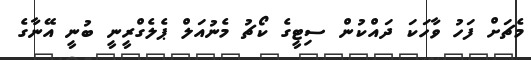
މެޗަށް ފަހު ވާހަކަ ދައްކުން ސިޓީގެ ކޯޗު މެނުއަލް ޕެލެގްރީނީ ބުނީ އޭނާގެ